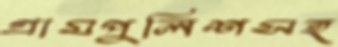
গ্রামপুলিশসহ